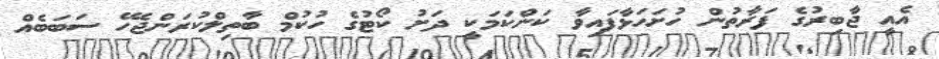
އެއީ ޖާބިރުގެ ފަރާތުން ހުށަހަޅާފައިވާ ކަންކަމަކީ ދަށު ކޯޓުގެ ހުކުމް ބާތިލްކުރަންޖެހޭ ސަބަބެއް